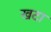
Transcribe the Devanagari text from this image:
खटा